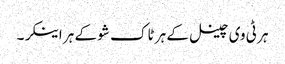
ہر ٹی وی چینل کے ہر ٹاک شو کے ہر اینکر۔